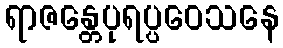
ရာဇန္တေပုရပ္ပဝေသနေ